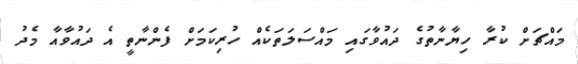
މައްޗަށް ކުރާ ހިޔާނާތުގެ ދައުވާގައި މައްސަލަތަކެއް ހުރިކަމަށް ފެންނާތީ އެ ދައުވާއާ މެދު